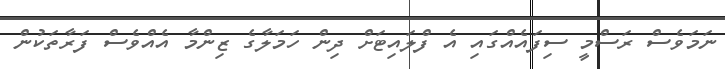
ނަމަވެސް ރަސްމީ ސިފައެއްގައި އެ ފްލައިޓަށް ދިން ހަމަލާގެ ޒިންމާ އެއްވެސް ފަރާތަކުން